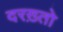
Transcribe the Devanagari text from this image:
दरख़्तो